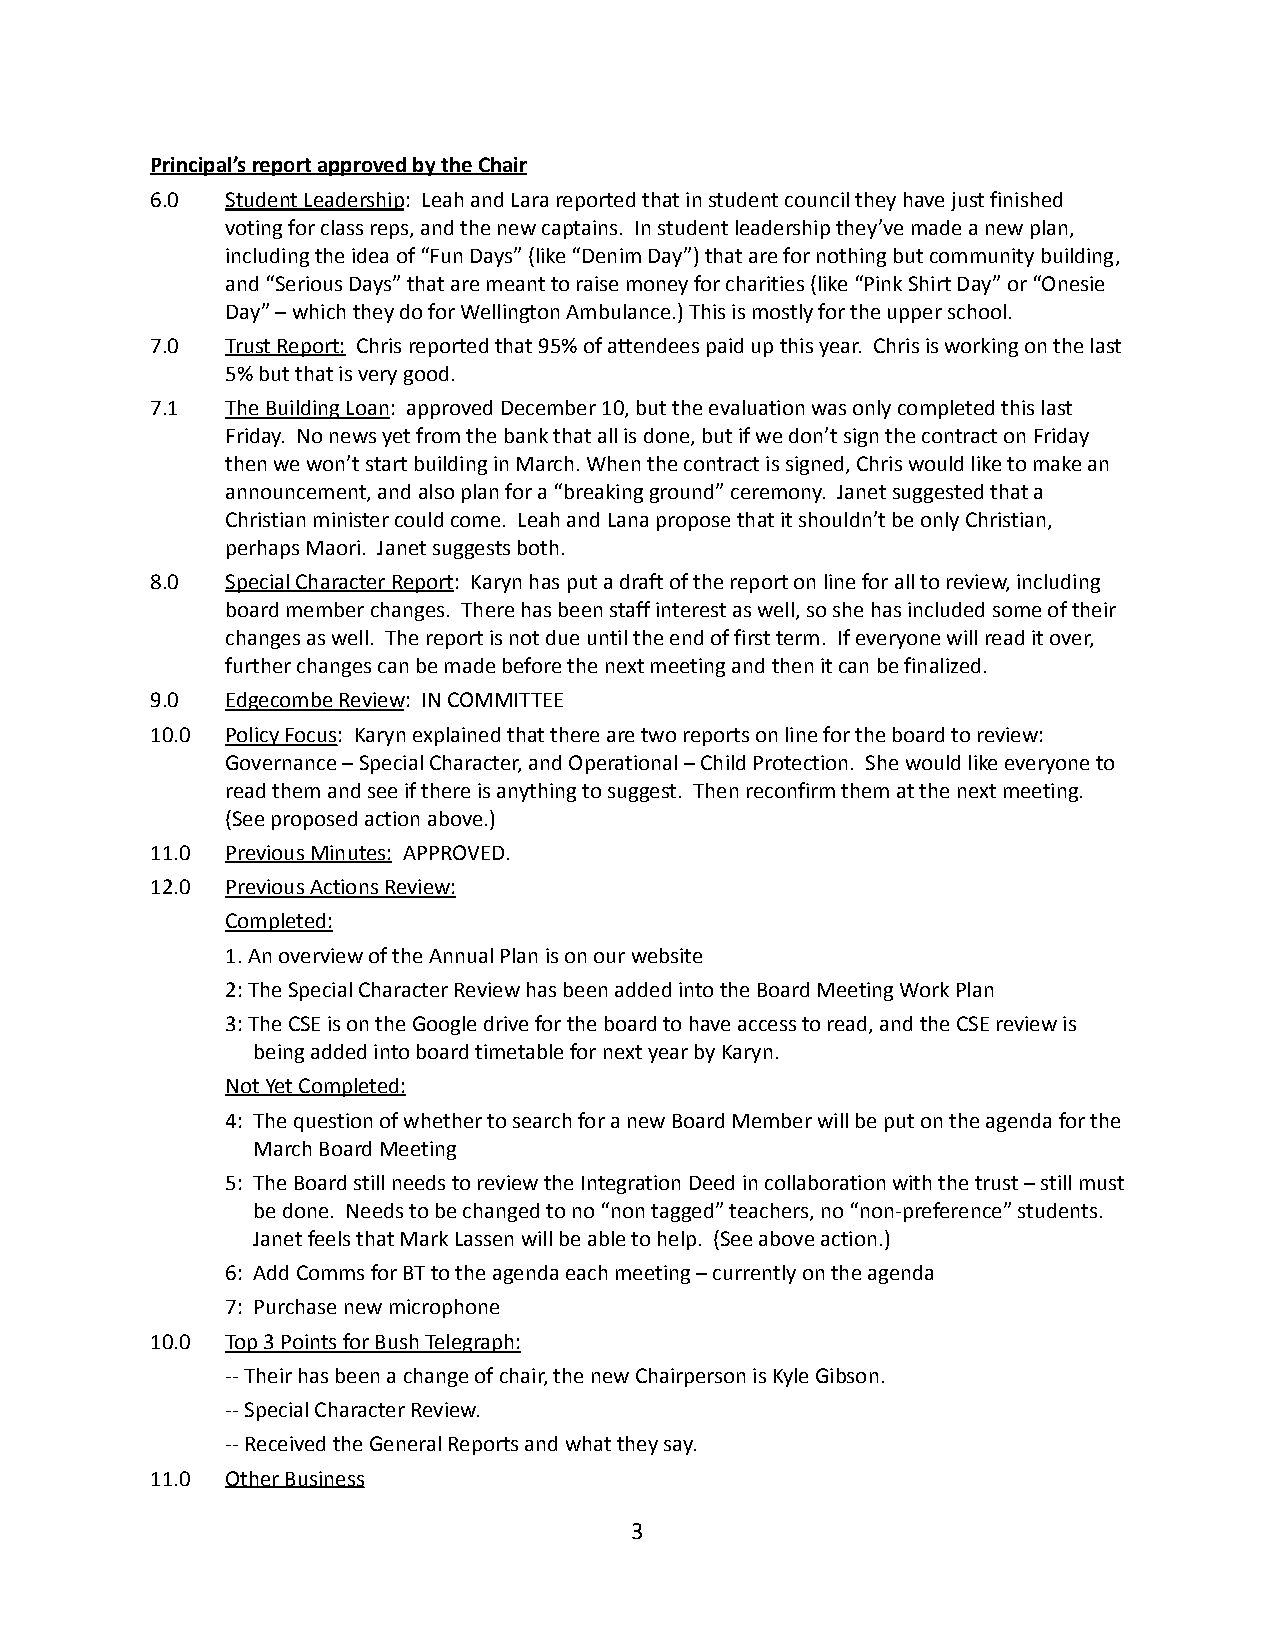
Principal’s report approved by the Chair
 6.0  Student Leadership: Leah and Lara reported thatin student council they have just finished
 voting for class reps, and the new captains. In studentleadership they’ve made a new plan,
 including the idea of “Fun Days” (like “Denim Day”)that are for nothing but community building,
 and “Serious Days” that are meant to raise money forcharities (like “Pink Shirt Day” or “Onesie
 Day” – which they do for Wellington Ambulance.) Thisis mostly for the upper school.
 7.0  Trust Report: Chris reported that 95% of attendeespaid up this year. Chris is working on the last
 5% but that is very good.
 7.1  The Building Loan: approved December 10, butthe evaluation was only completed this last
 Friday. No news yet from the bank that all is done,but if we don’t sign the contract on Friday
 then we won’t start building in March. When the contractis signed, Chris would like to make an
 announcement, and also plan for a “breaking ground”ceremony. Janet suggested that a
 Christian minister could come. Leah and Lana proposethat it shouldn’t be only Christian,
 perhaps Maori. Janet suggests both.
 8.0  Special Character Report: Karyn has put a draftof the report on line for all to review, including
 board member changes. There has been staff interestas well, so she has included some of their
 changes as well. The report is not due until theend of first term. If everyone will read it over,
 further changes can be made before the next meetingand then it can be finalized.
 9.0  Edgecombe Review: IN COMMITTEE
 10.0 Policy Focus: Karyn explained that there aretwo reports on line for the board to review:
 Governance – Special Character, and Operational –Child Protection. She would like everyone to
 read them and see if there is anything to suggest. Then reconfirm them at the next meeting.
 (See proposed action above.)
 11.0 Previous Minutes: APPROVED.
 12.0 Previous Actions Review:
 Completed:
 1. An overview of the Annual Plan is on our website
 2: The Special Character Review has been added intothe Board Meeting Work Plan
 3: The CSE is on the Google drive for the board tohave access to read, and the CSE review is
 being added into board timetable for next year byKaryn.
 Not Yet Completed:
 4: The question of whether to search for a new BoardMember will be put on the agenda for the
 March Board Meeting
 5: The Board still needs to review the IntegrationDeed in collaboration with the trust – still must
 be done. Needs to be changed to no “non tagged” teachers,no “non-preference” students.
 Janet feels that Mark Lassen will be able to help. (See above action.)
 6: Add Comms for BT to the agenda each meeting – currentlyon the agenda
 7: Purchase new microphone
 10.0 Top 3 Points for Bush Telegraph:
 -- Their has been a change of chair, the new Chairpersonis Kyle Gibson.
 -- Special Character Review.
 -- Received the General Reports and what they say.
 11.0 Other Business
 3